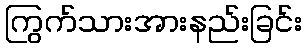
ကြွက်သားအားနည်းခြင်း